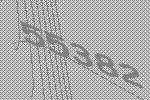
55382